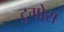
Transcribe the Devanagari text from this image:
टुमोस